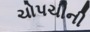
ચોપચીની